Vaccination in Burma 1912-1922 - 1912-1922
Year: 1912
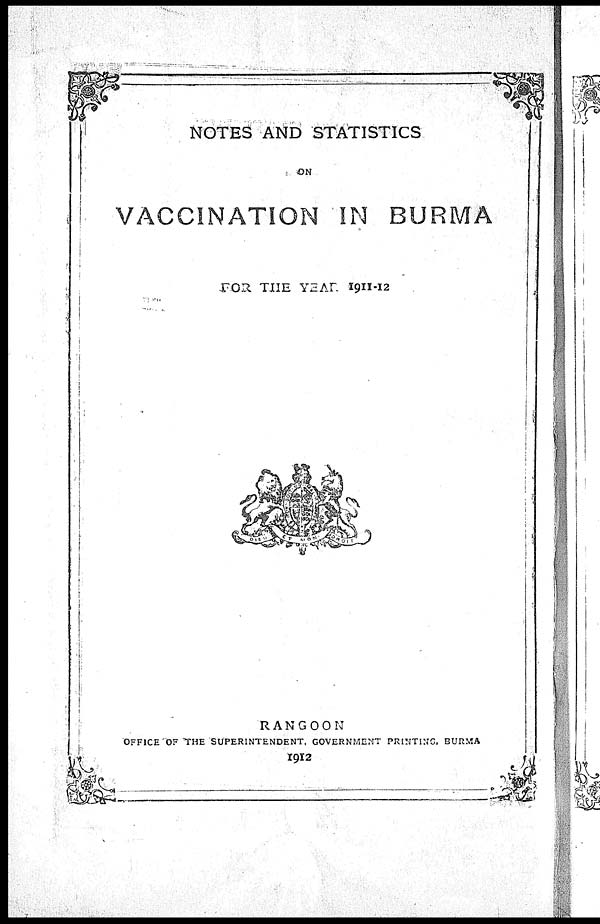
NOTES AND STATISTICS
ON
VACCINATION IN BURMA
FOR THE YEAR 1911-12
RANGOON
OFFICE OF THE SUPERINTENDENT, GOVERNMENT PRINTING, BURMA
1912